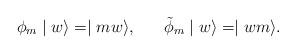
LaTeX: \begin{align*}\phi_{m} \mid w \rangle = \mid mw \rangle , \;\;\;\;\;\; \tilde{\phi}_{m} \mid w \rangle = \mid wm \rangle .\end{align*}